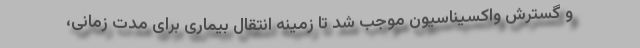
و گسترش واکسیناسیون موجب شد تا زمینه انتقال بیماری برای مدت زمانی،